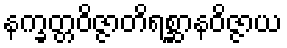
နက္ခတ္တဝိဇ္ဇာတိရစ္ဆာနဝိဇ္ဇာယ